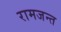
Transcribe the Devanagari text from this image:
रामजन्त